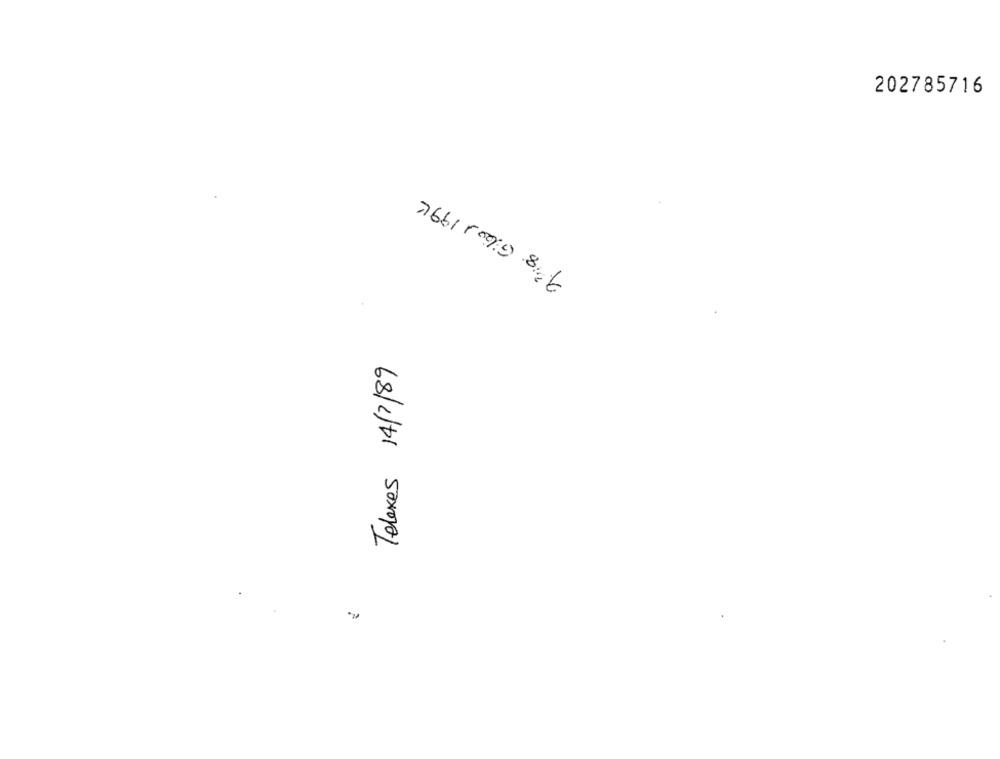
202785716
76611099 8 6
Telexes 14/7/89